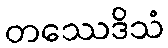
တဿေဒိသံ